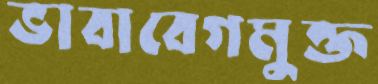
ভাবাবেগমুক্ত